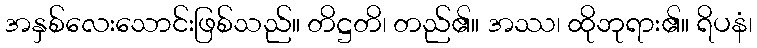
အနှစ်လေးသောင်းဖြစ်သည်။ တိဋ္ဌတိ၊ တည်၏။ အဿ၊ ထိုဘုရား၏။ ရိပနံ၊